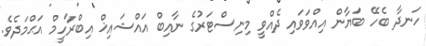
ހަނދާ ބެހޭ ބަޔާން އިއްވަވައި ދެއްވީ މިނިސްޓަރުގެ ނާއިބް އައްޝައިޚް އިބްރާހީމް އަޙްމަދެވެ.